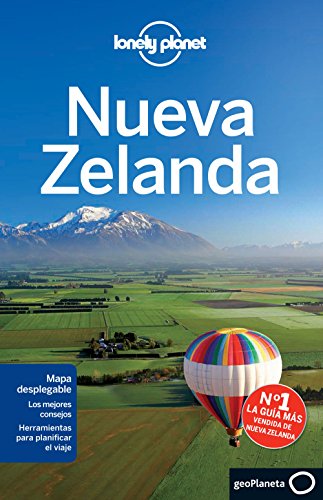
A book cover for Lonely Planet Nueva Zelanda (Travel Guide) (Spanish Edition); Lonely Planet; Travel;